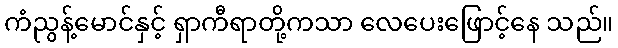
ကံညွန့်မောင်နှင့် ရှာကီရာတို့ကသာ လေပေးဖြောင့်နေ သည်။